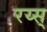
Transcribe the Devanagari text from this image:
रय्स्